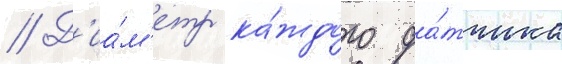
// Д'иа́м'етр ка́ждого да́тчика